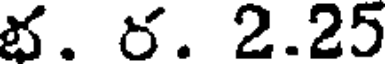
భ. ర. 2.25